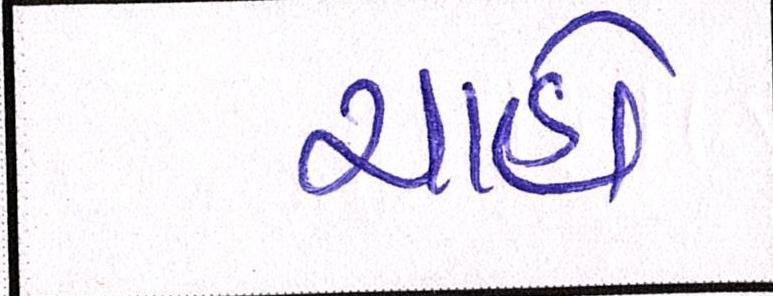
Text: ચાહો